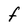
Character: F